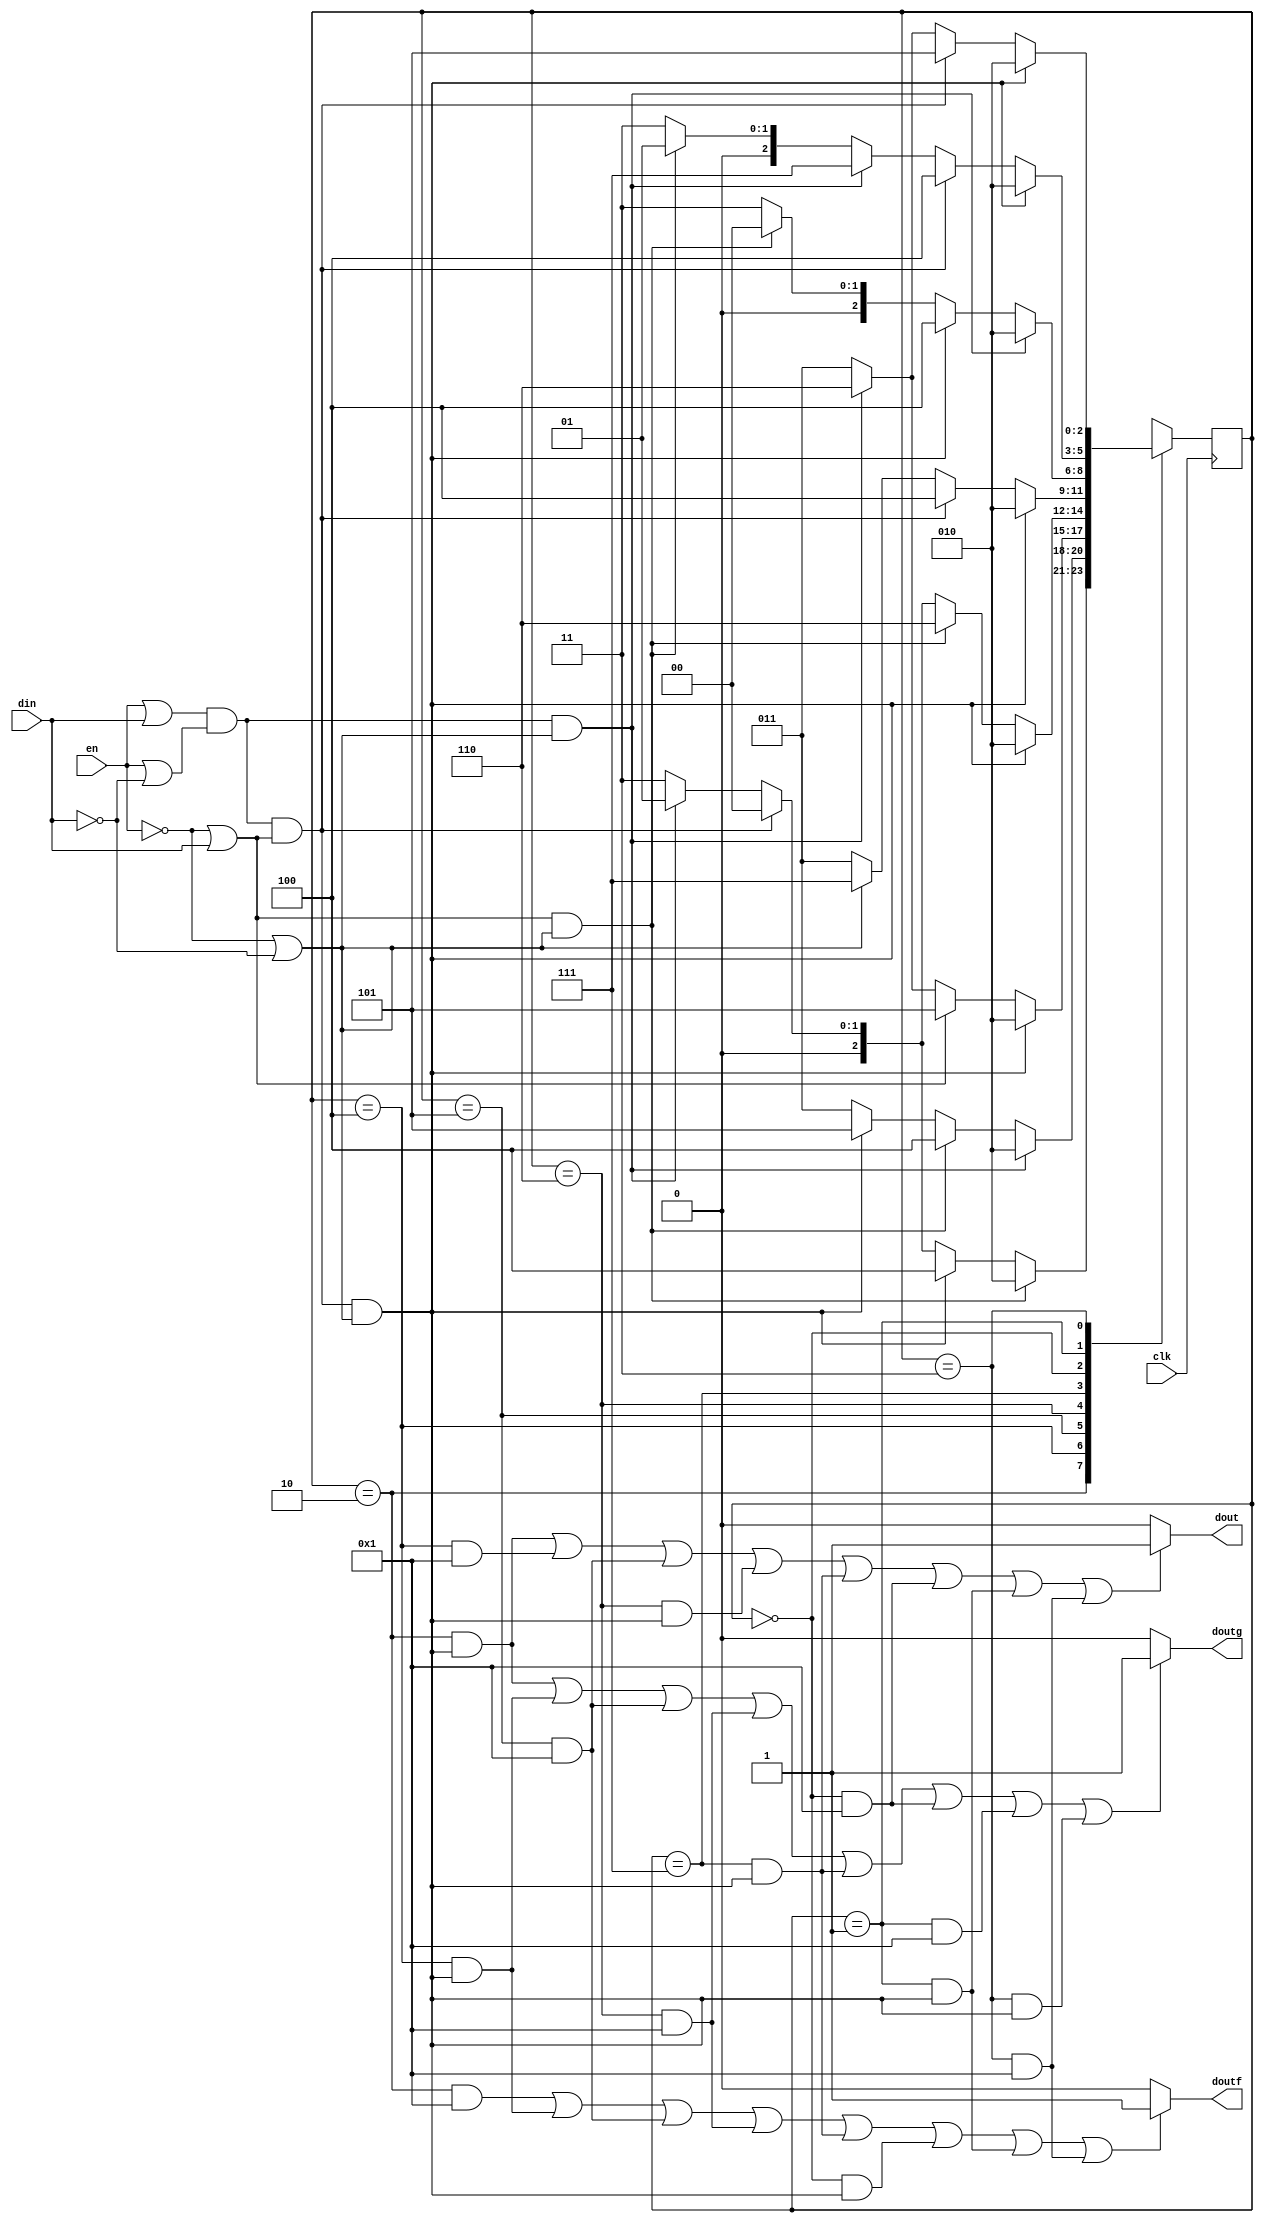
module fsm(en, din, dout, doutf, doutg, clk);
   input clk;
   input en;
   input din;
   output dout;
   output doutf;
   output doutg;
   reg [2:0] state;

   assign dout = ((state == 2) && ((((en || din) && (en || !din)) && (!en || din)) && (!en || !din)) || (state == 4) && 1 || (state == 5) && 1 || (state == 6) && ((((en || din) && (en || !din)) && (!en || din)) && (!en || !din)) || (state == 7) && ((((en || din) && (en || !din)) && (!en || din)) && (!en || !din)) || (state == 0) && 1 || (state == 1) && ((((en || din) && (en || !din)) && (!en || din)) && (!en || !din)) || (state == 3) && 1) ? 1 : 0;
   assign doutf = ((state == 2) && 1 || (state == 4) && ((((en || din) && (en || !din)) && (!en || din)) && (!en || !din)) || (state == 5) && 1 || (state == 6) && 1 || (state == 7) && ((((en || din) && (en || !din)) && (!en || din)) && (!en || !din)) || (state == 0) && ((((en || din) && (en || !din)) && (!en || din)) && (!en || !din)) || (state == 1) && ((((en || din) && (en || !din)) && (!en || din)) && (!en || !din)) || (state == 3) && 1) ? 1 : 0;
   assign doutg = ((state == 2) && ((((en || din) && (en || !din)) && (!en || din)) && (!en || !din)) || (state == 4) && ((((en || din) && (en || !din)) && (!en || din)) && (!en || !din)) || (state == 5) && 1 || (state == 6) && 1 || (state == 7) && ((((en || din) && (en || !din)) && (!en || din)) && (!en || !din)) || (state == 0) && 1 || (state == 1) && 1 || (state == 3) && ((((en || din) && (en || !din)) && (!en || din)) && (!en || !din))) ? 1 : 0;

   initial
     begin
	state = 0;
     end
   always @(posedge clk)
     begin
	case(state)
	  2: if (((!en || din) && (!en || !din)))
            state <= 2;
          else if (((((en || din) && (en || !din)) && (!en || din)) && (!en || !din)))
            state <= 4;
          else if (((((en || din) && (en || !din)) && (!en || din)) && (!en || !din)))
            state <= 5;
          else if (((((en || din) && (en || !din)) && (!en || din)) && (!en || !din)))
            state <= 6;
          else if (((((en || din) && (en || !din)) && (!en || din)) && (!en || !din)))
            state <= 7;
          else if ((((en || din) && (en || !din)) && (!en || din)))
            state <= 0;
          else if ((((en || din) && (en || !din)) && (!en || !din)))
            state <= 1;
          else 
            state <= 3;

	  4: if ((((en || din) && (en || !din)) && (!en || !din)))
            state <= 2;
          else if (((!en || din) && (!en || !din)))
            state <= 4;
          else if (((((en || din) && (en || !din)) && (!en || din)) && (!en || !din)))
            state <= 5;
          else if (((((en || din) && (en || !din)) && (!en || din)) && (!en || !din)))
            state <= 6;
          else if (((((en || din) && (en || !din)) && (!en || din)) && (!en || !din)))
            state <= 7;
          else if (((((en || din) && (en || !din)) && (!en || din)) && (!en || !din)))
            state <= 0;
          else if (((((en || din) && (en || !din)) && (!en || din)) && (!en || !din)))
            state <= 1;
          else 
            state <= 3;

	  5: if (((((en || din) && (en || !din)) && (!en || din)) && (!en || !din)))
            state <= 2;
          else if (((((en || din) && (en || !din)) && (!en || din)) && (!en || !din)))
            state <= 4;
          else if ((!en || din))
            state <= 5;
          else if ((((en || din) && (en || !din)) && (!en || !din)))
            state <= 6;
          else if (((((en || din) && (en || !din)) && (!en || din)) && (!en || !din)))
            state <= 7;
          else if (((((en || din) && (en || !din)) && (!en || din)) && (!en || !din)))
            state <= 0;
          else if (((((en || din) && (en || !din)) && (!en || din)) && (!en || !din)))
            state <= 1;
          else 
            state <= 3;

	  6: if (((((en || din) && (en || !din)) && (!en || din)) && (!en || !din)))
            state <= 2;
          else if (((((en || din) && (en || !din)) && (!en || din)) && (!en || !din)))
            state <= 4;
          else if (((((en || din) && (en || !din)) && (!en || din)) && (!en || !din)))
            state <= 5;
          else if (((!en || din) && (!en || !din)))
            state <= 6;
          else if (((((en || din) && (en || !din)) && (!en || din)) && (!en || !din)))
            state <= 7;
          else if ((((en || din) && (en || !din)) && (!en || din)))
            state <= 0;
          else if ((((en || din) && (en || !din)) && (!en || !din)))
            state <= 1;
          else 
            state <= 3;

	  7: if (((((en || din) && (en || !din)) && (!en || din)) && (!en || !din)))
            state <= 2;
          else if ((((en || din) && (en || !din)) && (!en || din)))
            state <= 4;
          else if (((((en || din) && (en || !din)) && (!en || din)) && (!en || !din)))
            state <= 5;
          else if (((((en || din) && (en || !din)) && (!en || din)) && (!en || !din)))
            state <= 6;
          else if ((!en || !din))
            state <= 7;
          else if (((((en || din) && (en || !din)) && (!en || din)) && (!en || !din)))
            state <= 0;
          else if (((((en || din) && (en || !din)) && (!en || din)) && (!en || !din)))
            state <= 1;
          else 
            state <= 3;

	  0: if ((((en || din) && (en || !din)) && (!en || !din)))
            state <= 2;
          else if (((((en || din) && (en || !din)) && (!en || din)) && (!en || !din)))
            state <= 4;
          else if (((((en || din) && (en || !din)) && (!en || din)) && (!en || !din)))
            state <= 5;
          else if (((((en || din) && (en || !din)) && (!en || din)) && (!en || !din)))
            state <= 6;
          else if (((((en || din) && (en || !din)) && (!en || din)) && (!en || !din)))
            state <= 7;
          else if (((!en || din) && (!en || !din)))
            state <= 0;
          else if (((((en || din) && (en || !din)) && (!en || din)) && (!en || !din)))
            state <= 1;
          else 
            state <= 3;

	  1: if (((((en || din) && (en || !din)) && (!en || din)) && (!en || !din)))
            state <= 2;
          else if ((((en || din) && (en || !din)) && (!en || din)))
            state <= 4;
          else if (((((en || din) && (en || !din)) && (!en || din)) && (!en || !din)))
            state <= 5;
          else if (((((en || din) && (en || !din)) && (!en || din)) && (!en || !din)))
            state <= 6;
          else if ((((en || din) && (en || !din)) && (!en || !din)))
            state <= 7;
          else if (((((en || din) && (en || !din)) && (!en || din)) && (!en || !din)))
            state <= 0;
          else if (((!en || din) && (!en || !din)))
            state <= 1;
          else 
            state <= 3;

	  3: if (((((en || din) && (en || !din)) && (!en || din)) && (!en || !din)))
            state <= 2;
          else if (((((en || din) && (en || !din)) && (!en || din)) && (!en || !din)))
            state <= 4;
          else if ((((en || din) && (en || !din)) && (!en || din)))
            state <= 5;
          else if ((((en || din) && (en || !din)) && (!en || !din)))
            state <= 6;
          else if (((((en || din) && (en || !din)) && (!en || din)) && (!en || !din)))
            state <= 7;
          else if (((((en || din) && (en || !din)) && (!en || din)) && (!en || !din)))
            state <= 0;
          else if (((((en || din) && (en || !din)) && (!en || din)) && (!en || !din)))
            state <= 1;
          else 
            state <= 3;

	endcase
     end
endmodule